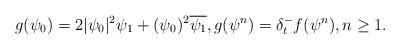
LaTeX: \begin{align*} g(\psi_0) = 2|\psi_0|^2 \psi_1 + (\psi_0)^2 \overline{\psi_1}, g(\psi^n) = \delta_t^- f(\psi^n), n\ge 1.\end{align*}